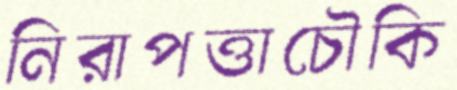
নিরাপত্তাচৌকি